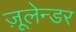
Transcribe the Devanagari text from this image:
ज़ूलेन्डर